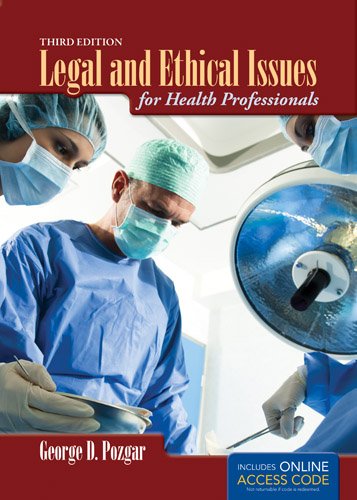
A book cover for Legal And Ethical Issues For Health Professionals; George D. Pozgar; Medical Books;